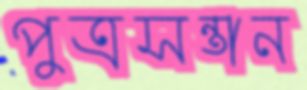
পুত্রসন্তান